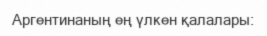
Аргентинаның ең үлкен қалалары: